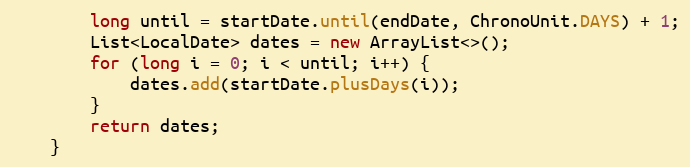
Language: Java
        long until = startDate.until(endDate, ChronoUnit.DAYS) + 1;
        List<LocalDate> dates = new ArrayList<>();
        for (long i = 0; i < until; i++) {
            dates.add(startDate.plusDays(i));
        }
        return dates;
    }